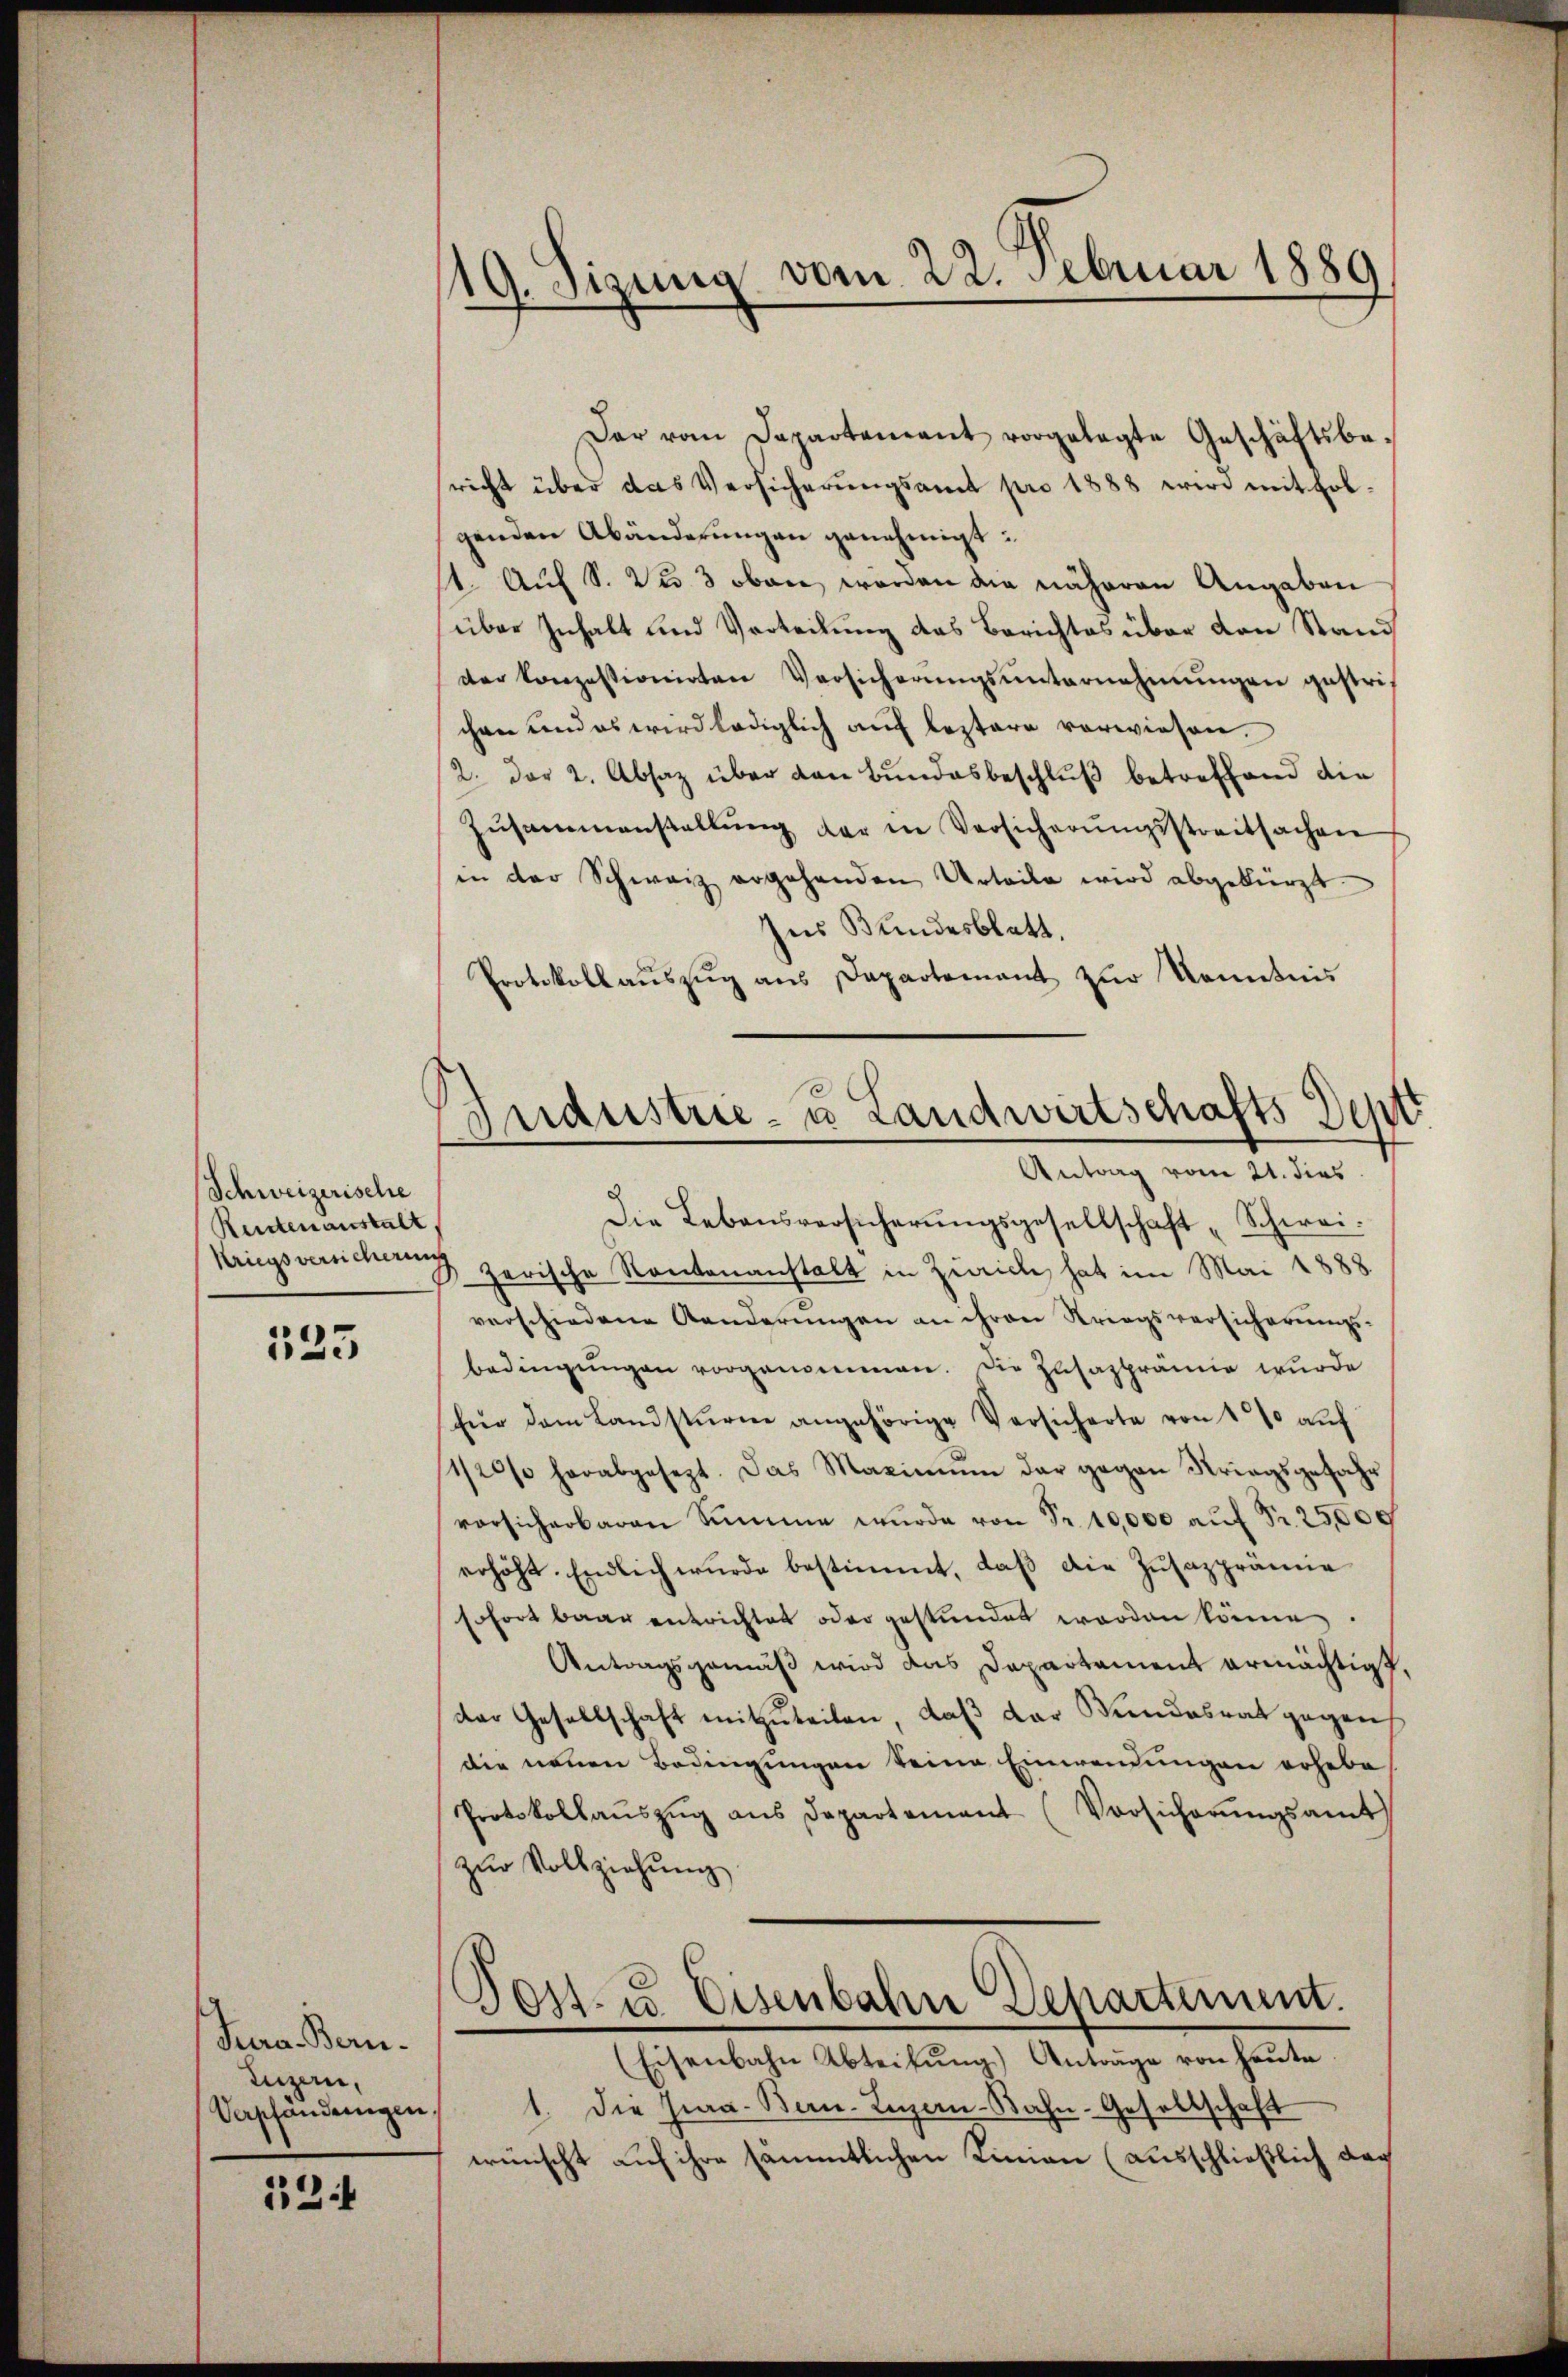
Schweizerische
Reutenanstalt
kriegsversicherun

133

Jura. Bern.
Luzern,
Verpfandungen

13

/19. Sizung vom 22. Februar 1889

Industrie- u Landwirtschafts Dept
Antrag vom 21. dies

Der vom Departement vorgelegte Geschäftsbericht über das Versicherŭngsamt pro 1888 wird mit Folgenden Abänderungen genehmigt:
1. Auf S. 2 u 3 oben werden die näheren Angaben
über Inhalt und Verteilung des Berichtes über den Stand
der konzessionirten Versicherŭngsŭnternehmungen gestrichen und es wird lediglich auf leztere vorwiesen.
2. der 2. Absaz über den Bundesbeschlŭβ betreffend die
Zŭsammenstellŭng der in Versicherŭngsstreitsachen
in der Schwarz ergehenden Urteile wird abgekürzt.
Ins Bundesblatt.
Protokoll aŭszŭg ans Dapartement zŭr Kenntnis
Die Lebensversicherungsgesellschaft „Schweizerische Kantonanstalt in Zürich, hat im Mai 1888
verschiedene Aenderungen an ihren Striegsversicherungs-
bedingungen vorgenommen. Die Zusazprämie wurde
für dem Landstürme angehörige Versicherte von 1% auf
1/20% herabgesezt. Das Maximŭm der gegen Kriegsgefahr
vorsicherbaren Summe wurde von Fr. 10,000 auf Fr. 25,000
erhöht. Endlich wurde bestimmt, daβ die Zŭsazprämie
sofort baar entrichtet oder gestündet worden könne.
Antragsgemäß wird das Departement ermächtigt.
der Gesellschaft mitzuteilen, daß der Bundesrat gegen
die neuen Bedingungen keine Einwendungen erhebe
Protokollaŭszŭg ans Departement (Vorsicherŭngsamt
zŭr Vollziehung
Post- u. Eisenbahn Departement.
(Eisenbahn Abteilung) Antrage von heute
1. Die Jura. Bern-Luzern-Bahn-Gesellschaft
wünscht auf ihre sämmtlichen Linien (ausschließlich dach